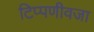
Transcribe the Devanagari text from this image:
टिप्पणीवजा